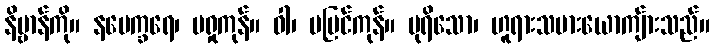
နိဗ္ဗာန်ကို။ နပေက္ခရေ၊ မရှုကုန်။ ဝါ၊ မမြင်ကုန်။ ပုရိသော၊ ဟူရားသမားယောကျ်ားသည်။